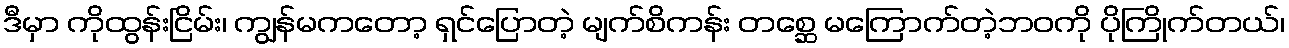
ဒီမှာ ကိုထွန်းငြိမ်း၊ ကျွန်မကတော့ ရှင်ပြောတဲ့ မျက်စိကန်း တစ္ဆေ မကြောက်တဲ့ဘဝကို ပိုကြိုက်တယ်၊